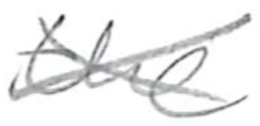
Text: the
Cross-out: mix
Writing tool: pencil